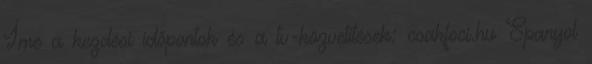
Íme a kezdési időpontok és a tv-közvetítések: csakfoci.hu Spanyol